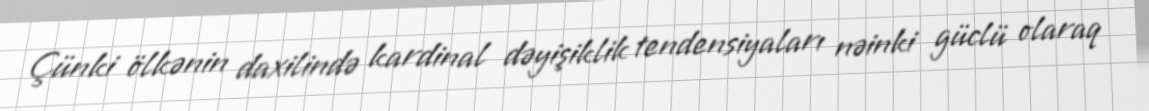
Çünki ölkənin daxilində kardinal dəyişiklik tendensiyaları nəinki güclü olaraq